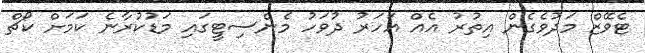
ޓެވޭޒް މަދުވެގެން އިތުރު އެއް އަހަރު ދުވަހު މެންސިޓީގައި މަޑުކުރާނެ ކަމަށް ކޯޗް